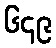
၆၄၉